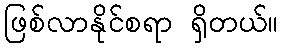
ဖြစ်လာနိုင်စရာ ရှိတယ်။